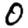
Digit: 0